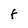
Character: F